Indian journal of veterinary science and animal husbandry - Volume 1,
Year: 1931
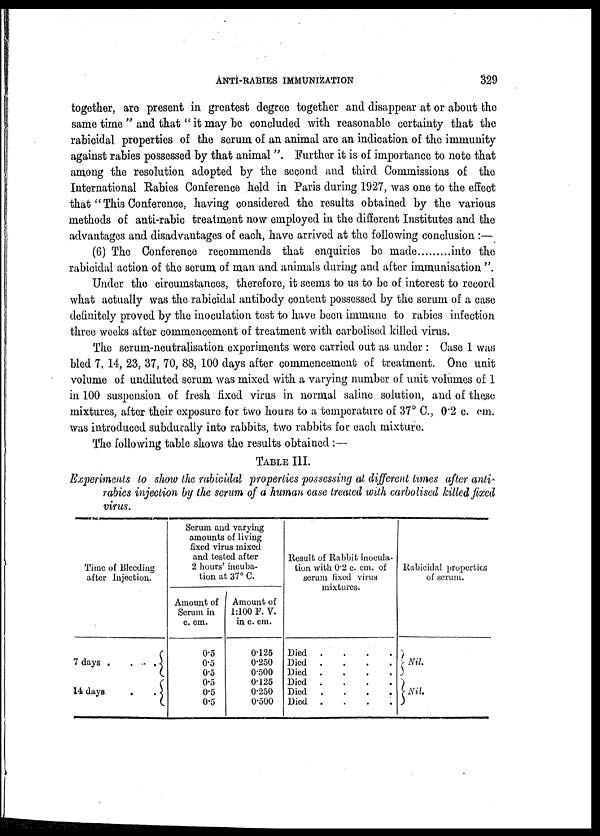
ANTI-RABIES IMMUNIZATION
329
together, are present in greatest degree together and disappear at or about the
same time " and that " it may be concluded with reasonable certainty that the
rabicidal properties of the serum of an animal are an indication of the immunity
against rabies possessed by that animal ". Further it is of importance to note that
among the resolution adopted by the second and third Commissions of the
International Rabies Conference held in Paris during 1927, was one to the effect
that " This Conference, having considered the results obtained by the various
methods of anti-rabic treatment now employed in the different Institutes and the
advantages and disadvantages of each, have arrived at the following conclusion :—
(6) The Conference recommends that enquiries be made
into the
rabicidal action of the serum of man and animals during and after immunisation ".
Under the circumstances, therefore, it seems to us to be of interest to record
what actually was the rabicidal antibody content possessed by the serum of a case
definitely proved by the inoculation test to have been immune to rabies infection
three weeks after commencement of treatment with carbolised killed virus.
The serum-neutralisation experiments were carried out as under : Case 1 was
bled 7, 14, 23, 37, 70, 88, 100 days after commencement of treatment. One unit
volume of undiluted serum was mixed with a varying number of unit volumes of 1
in 100 suspension of fresh fixed virus in normal saline solution, and of these
mixtures, after their exposure for two hours to a temperature of 37° C., 0.2 c. cm.
was introduced subdurally into rabbits, two rabbits for each mixture.
The following table shows the results obtained :—
TABLE III.
Experiments to show the rabicidal properties possessing at different times after anti-
rabies injection by the serum of a human case treated with carbolised killed fixed
virus.
Time of Bleeding
after injection.
7 days .
.
. {
14 days
.
. {
Serum and varying
amounts of living
fixed virus mixed
and tested after
2 hours' incuba-
tion at 37° C.
Amount of
Serum in
c. cm.
0.5
0.5
0.5
0.5
0.5
0.5
Amount of
1:100 F. V.
in c. cm.
0.125
0.250
0.500
0.125
0.250
0.500
Result of Rabbit inocula-
tion with 0.2 c. cm. of
serum fixed virus
mixtures.
Died
.
.
Died
....
Died
....
Died
....
Died
....
Died
....
Rabicidal properties
of serum.
}Nil.
} Nil.